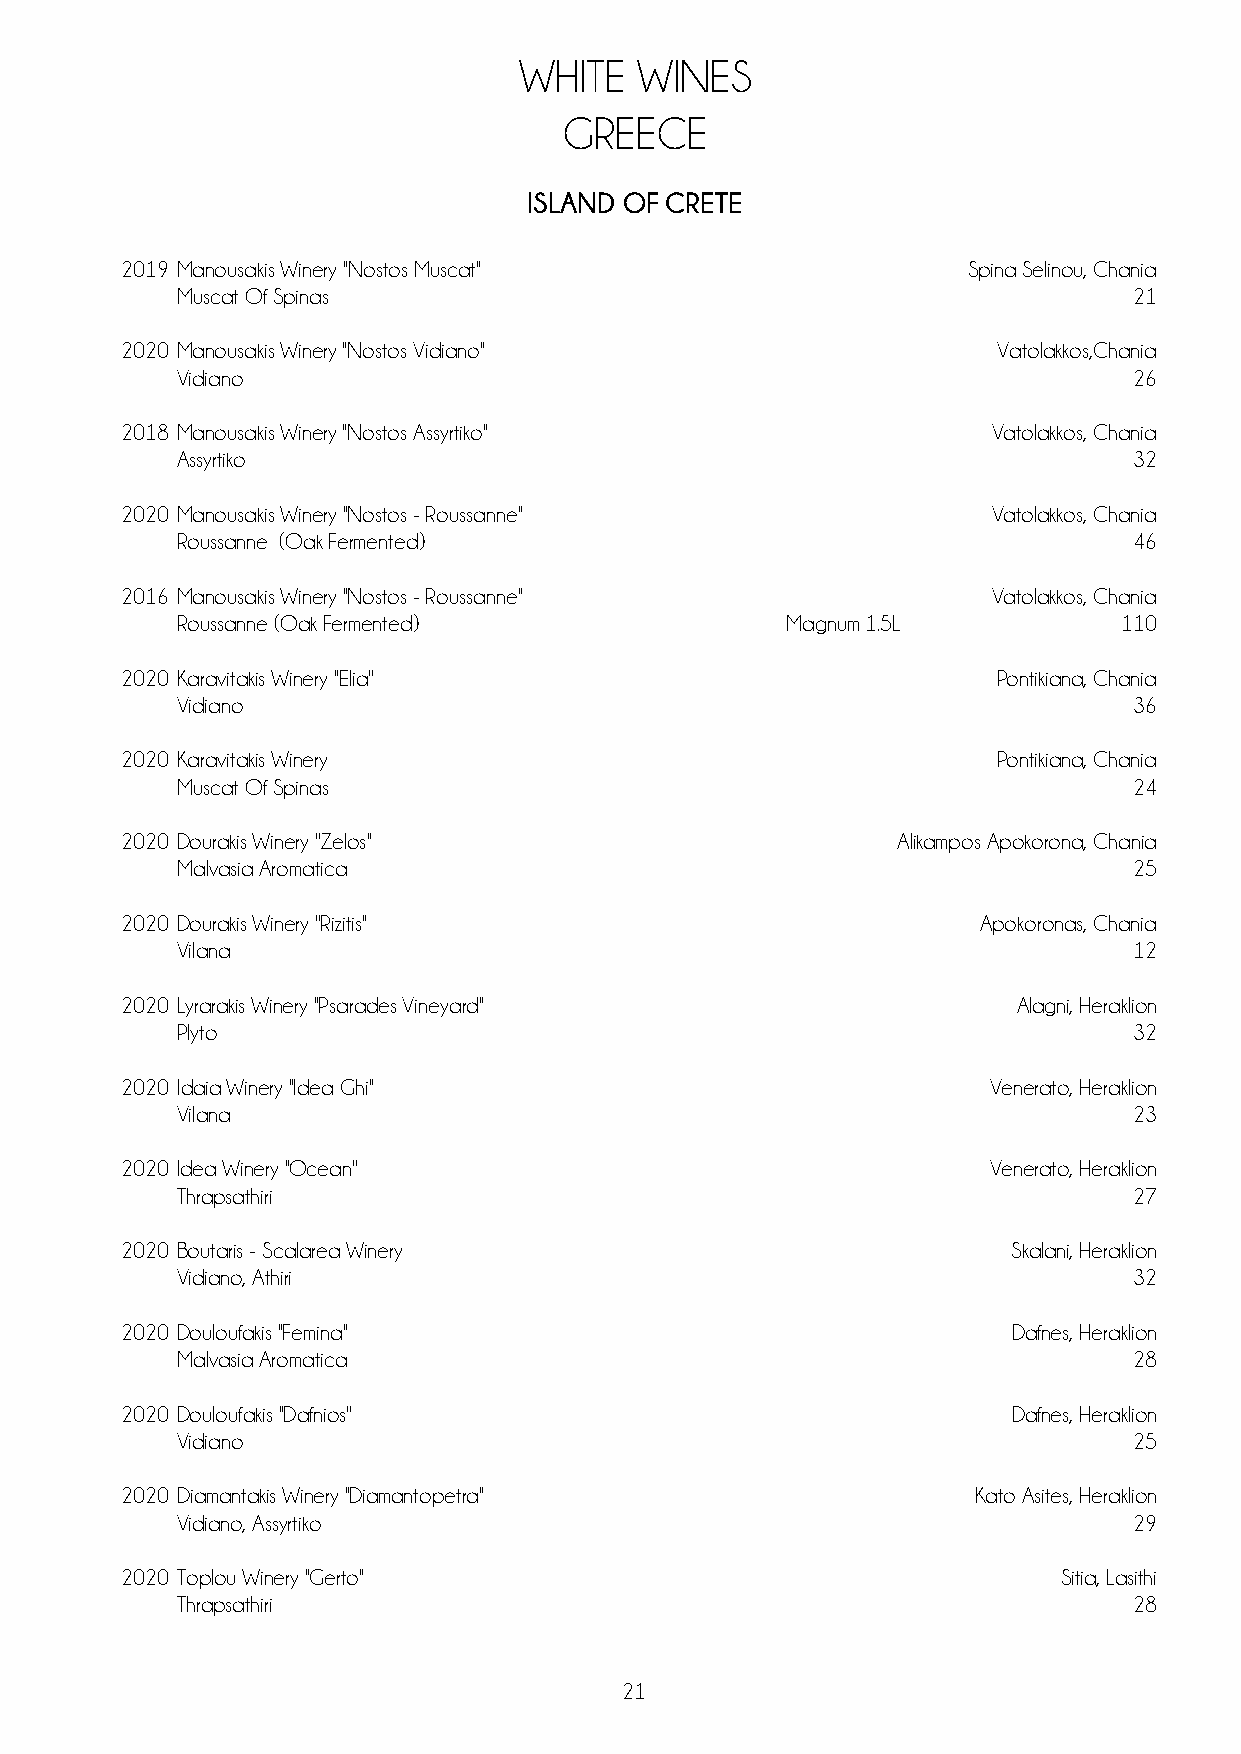
WHITE   WINES
 GREECE
 ISLAND OF CRETE
 2019 Manousakis Winery "Nostos Muscat"                  Spina Selinou, Chania
 Muscat Of Spinas                                               21
 2020 Manousakis Winery "Nostos Vidiano"                   Vatolakkos,Chania
 Vidiano                                                        26
 2018 Manousakis Winery "Nostos Assyrtiko"                 Vatolakkos, Chania
 Assyrtiko                                                      32
 2020 Manousakis Winery ''Nostos - Roussanne''             Vatolakkos, Chania
 Roussanne (Oak Fermented)                                      46
 2016 Manousakis Winery ''Nostos - Roussanne''             Vatolakkos, Chania
 Roussanne (Oak Fermented)               Magnum 1.5L           110
 2020 Karavitakis Winery ''Elia''                          Pontikiana, Chania
 Vidiano                                                        36
 2020 Karavitakis Winery                                   Pontikiana, Chania
 Muscat Of Spinas                                               24
 2020 Dourakis Winery ''Zelos''                     Alikampos Apokorona, Chania
 Malvasia Aromatica                                             25
 2020 Dourakis Winery ''Rizitis''                         Apokoronas, Chania
 Vilana                                                         12
 2020 Lyrarakis Winery ''Psarades Vineyard''                Alagni, Heraklion
 Plyto                                                          32
 2020 Idaia Winery ''Idea Ghi''                           Venerato, Heraklion
 Vilana                                                         23
 2020 Idea Winery ''Ocean''                               Venerato, Heraklion
 Thrapsathiri                                                   27
 2020 Boutaris - Scalarea Winery                            Skalani, Heraklion
 Vidiano, Athiri                                                32
 2020 Douloufakis ''Femina''                                Dafnes, Heraklion
 Malvasia Aromatica                                             28
 2020 Douloufakis ''Dafnios''                               Dafnes, Heraklion
 Vidiano                                                        25
 2020 Diamantakis Winery ''Diamantopetra''               Kato Asites, Heraklion
 Vidiano, Assyrtiko                                             29
 2020 Toplou Winery ''Gerto''                                  Sitia, Lasithi
 Thrapsathiri                                                   28
 21